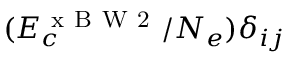
( E _ { c } ^ { \mathrm { ~ x ~ B ~ W ~ 2 ~ } } / N _ { e } ) \delta _ { i j }